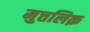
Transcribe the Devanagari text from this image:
मुत्तलिक़